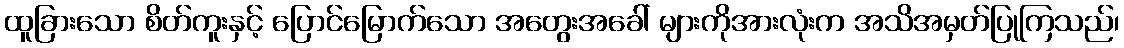
ထူခြားသော စိတ်ကူးနှင့် ပြောင်မြောက်သော အတွေးအခေါ် များကိုအားလုံးက အသိအမှတ်ပြုကြသည်၊